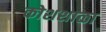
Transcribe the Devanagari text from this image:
कोशशाळा